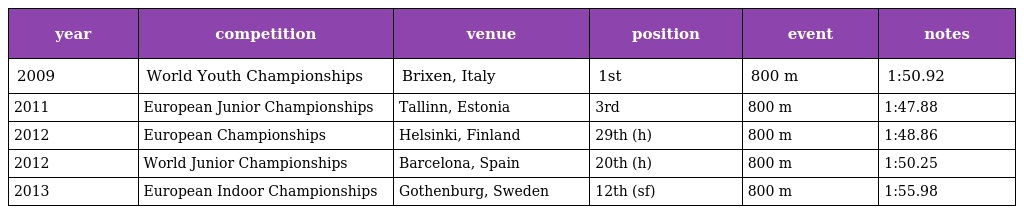
| year | competition | venue | position | event | notes |
 | --- | --- | --- | --- | --- | --- |
 | 2009 | World Youth Championships | Brixen, Italy | 1st | 800 m | 1:50.92 |
 | 2011 | European Junior Championships | Tallinn, Estonia | 3rd | 800 m | 1:47.88 |
 | 2012 | European Championships | Helsinki, Finland | 29th (h) | 800 m | 1:48.86 |
 | 2012 | World Junior Championships | Barcelona, Spain | 20th (h) | 800 m | 1:50.25 |
 | 2013 | European Indoor Championships | Gothenburg, Sweden | 12th (sf) | 800 m | 1:55.98 |